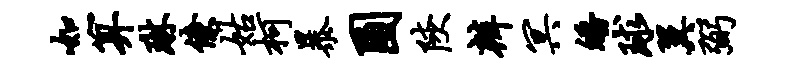
如算琳僚姑柯暴圃陕辨冥皤球翼弼